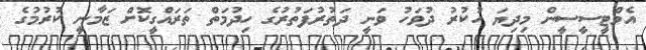
އެމްޓީސީސީން މިދިޔަ ހުކުރު ދުވަހު ވަނީ ދަތުރުފަތުރުގެ ހިދުމަތް ތަރައްގީކޮށް ޒަމާނީ ކުރުމުގެ